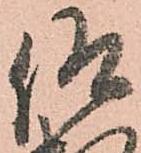
仰